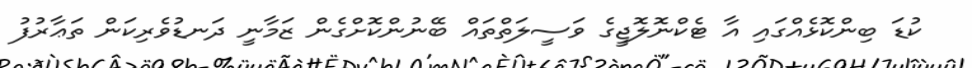
ކުޑަ ބިންކޮޅެއްގައި އާ ޓެކްނޮލޮޖީގެ ވަސީލަތްތައް ބޭނުންކޮށްގެން ޒަމާނީ ދަނޑުވެރިކަން ތަޢާރުފު